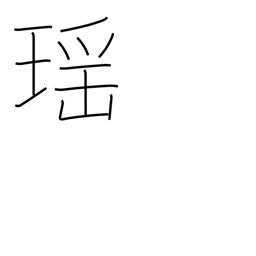
Meaning: beautiful as a jewel